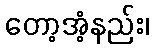
တော့အံ့နည်း၊